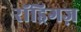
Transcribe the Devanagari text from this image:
रॉड्रिगज़